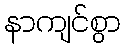
နာကျင်စွာ